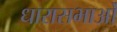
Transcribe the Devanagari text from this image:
धारासभाओं